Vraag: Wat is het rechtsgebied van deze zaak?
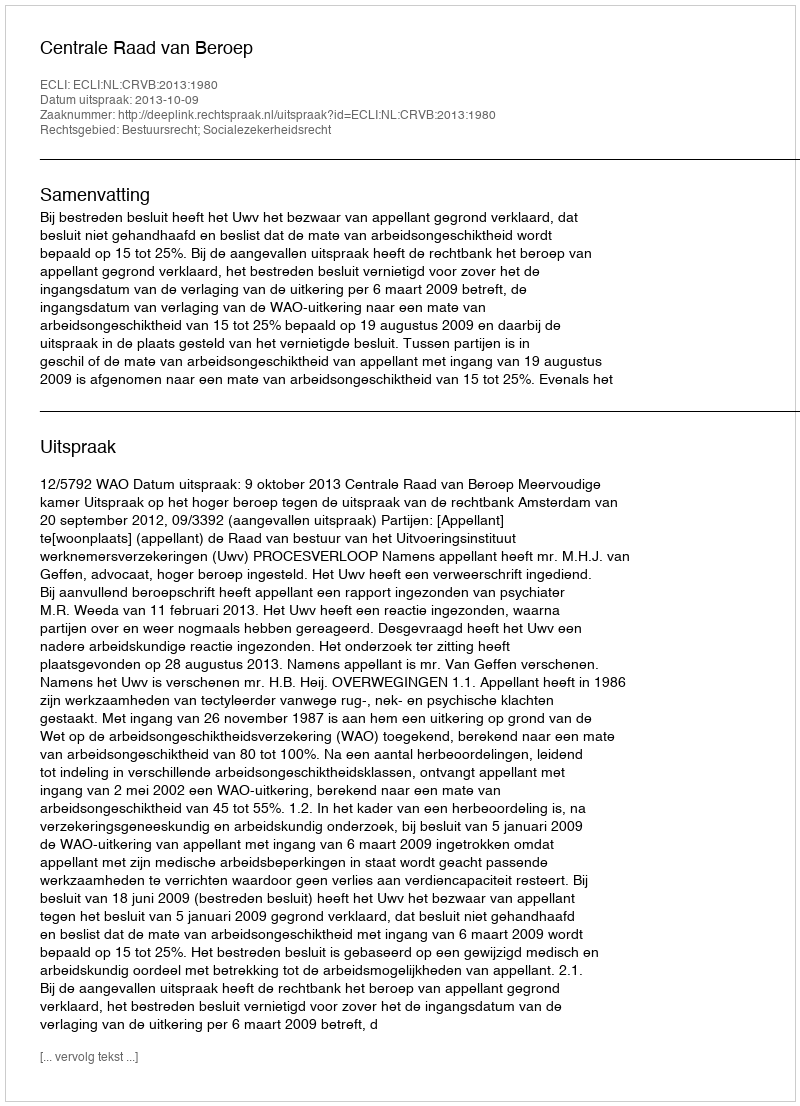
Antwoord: Bestuursrecht; Socialezekerheidsrecht